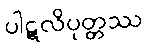
ပါဋလိပုတ္တဿ